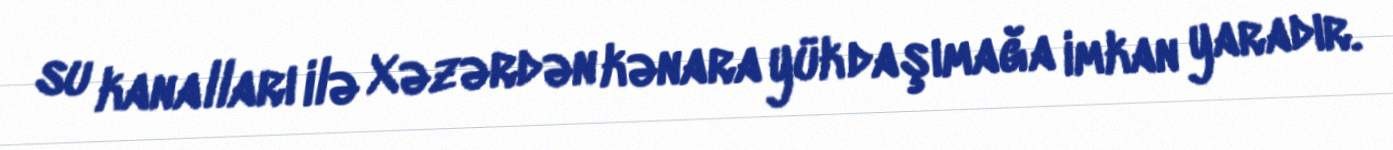
su kanalları ilə Xəzərdən kənara yük daşımağa imkan yaradır.